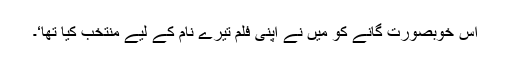
اس خوبصورت گانے کو میں نے اپنی فلم تیرے نام کے لیے منتخب کیا تھا‘۔